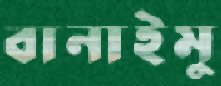
বানাইমু